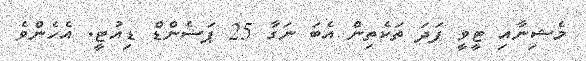
މެޝިނާއި ޓީވީ ފަދަ ތަކެތިން އެބަ ނަގާ 25 ޕަސެންޑް ޑިއުޓީ. އެހެންވެ